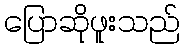
ပြောဆိုဖူးသည်